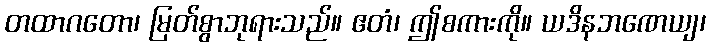
တထာဂတော၊ မြတ်စွာဘုရားသည်။ ဧတံ၊ ဤစကားကို။ ယဒိနဘဏေယျ၊